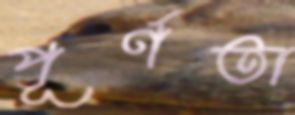
পূর্ণতা